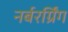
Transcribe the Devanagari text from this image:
नर्बरर्ग्रिंग